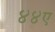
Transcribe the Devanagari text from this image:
४४ए